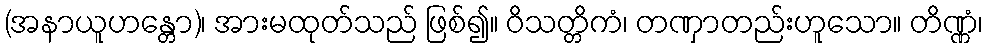
(အနာယူဟန္တော)၊ အားမထုတ်သည် ဖြစ်၍။ ဝိသတ္တိကံ၊ တဏှာတည်းဟူသော။ တိဏ္ဏံ၊